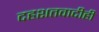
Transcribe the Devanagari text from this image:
दहशतवादीही